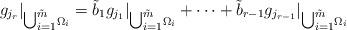
LaTeX: \begin{align*}g_{j_{r}}|_{{\textstyle\bigcup_{i=1}^{\tilde{m}}}\Omega_{i}}=\tilde{b}_{1}g_{j_{1}}|_{{\textstyle\bigcup_{i=1}^{\tilde{m}}}\Omega_{i}}+\cdots+\tilde{b}_{r-1}g_{j_{r-1}}|_{{\textstyle\bigcup_{i=1}^{\tilde{m}}}\Omega_{i}}\end{align*}